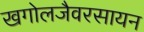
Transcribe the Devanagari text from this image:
खगोलजैवरसायन